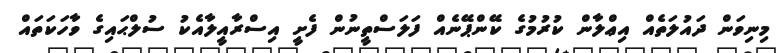
މިނިވަން ދައުލަތެއް އިޢްލާން ކުރުމުގެ ކޭންޕޭނެއް ފަލަސްތީނުން ފެށީ އިސްރާއީލާއެކު ސުލްޙައިގެ ވާހަކަތައް